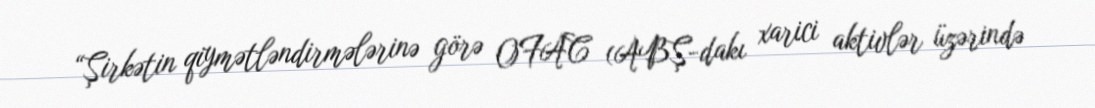
“Şirkətin qiymətləndirmələrinə görə OFAC (ABŞ-dakı xarici aktivlər üzərində